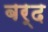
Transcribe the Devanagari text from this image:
बर्द